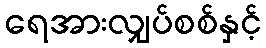
ရေအားလျှပ်စစ်နှင့်